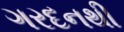
ગરદનથી